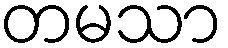
တမသာ